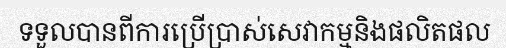
ទទួលបានពីការប្រើប្រាស់សេវាកម្មនិងផលិតផល